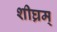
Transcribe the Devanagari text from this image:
शीघ्रम्